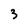
Character: 3